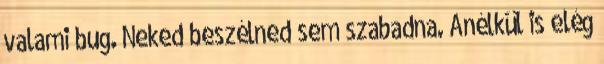
valami bug. Neked beszélned sem szabadna. Anélkül is elég